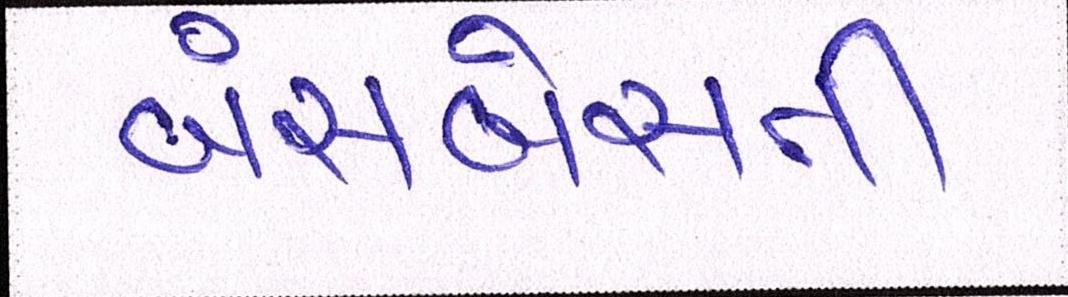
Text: બંસબેસતી